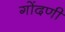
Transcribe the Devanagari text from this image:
गोंदणी